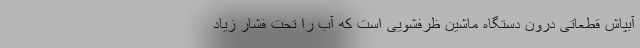
آبپاش قطعاتی درون دستگاه ماشین ظرفشویی است که آب را تحت فشار زیاد